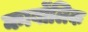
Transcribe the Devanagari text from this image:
कार्बोंलिक